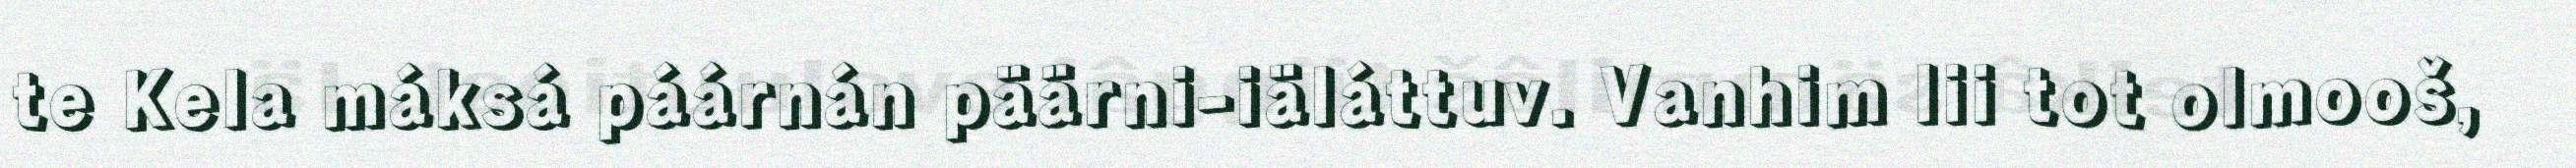
te Kela máksá páárnán päärni-iäláttuv. Vanhim lii tot olmooš,